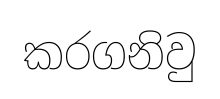
කරගනිවු